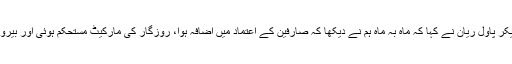
ایوان کے موجودہ اسپیکر پاؤل ریان نے کہا کہ ماہ بہ ماہ ہم نے دیکھا کہ صارفین کے اعتماد میں اضافہ ہوا، روزگار کی مارکیٹ مستحکم ہوئی اور بیروزگاری میں کمی آئی۔